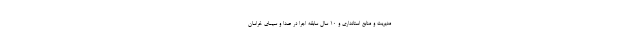
مدیریت و منابع استانداری و ۱۰ سال سابقه اجرا در صدا و سیمای خراسان